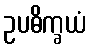
ဥပဓိက္ခယံ